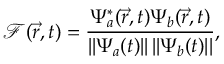
\mathcal { F } ( \vec { r } , t ) = \frac { \Psi _ { a } ^ { * } ( \vec { r } , t ) \Psi _ { b } ( \vec { r } , t ) } { \vert \vert \Psi _ { a } ( t ) \vert \vert \, \vert \vert \Psi _ { b } ( t ) \vert \vert } ,